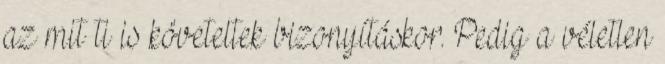
az mit ti is követeltek bizonyításkor. Pedig a véletlen